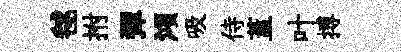
毬拊彈澒吸侍蓋叶搏